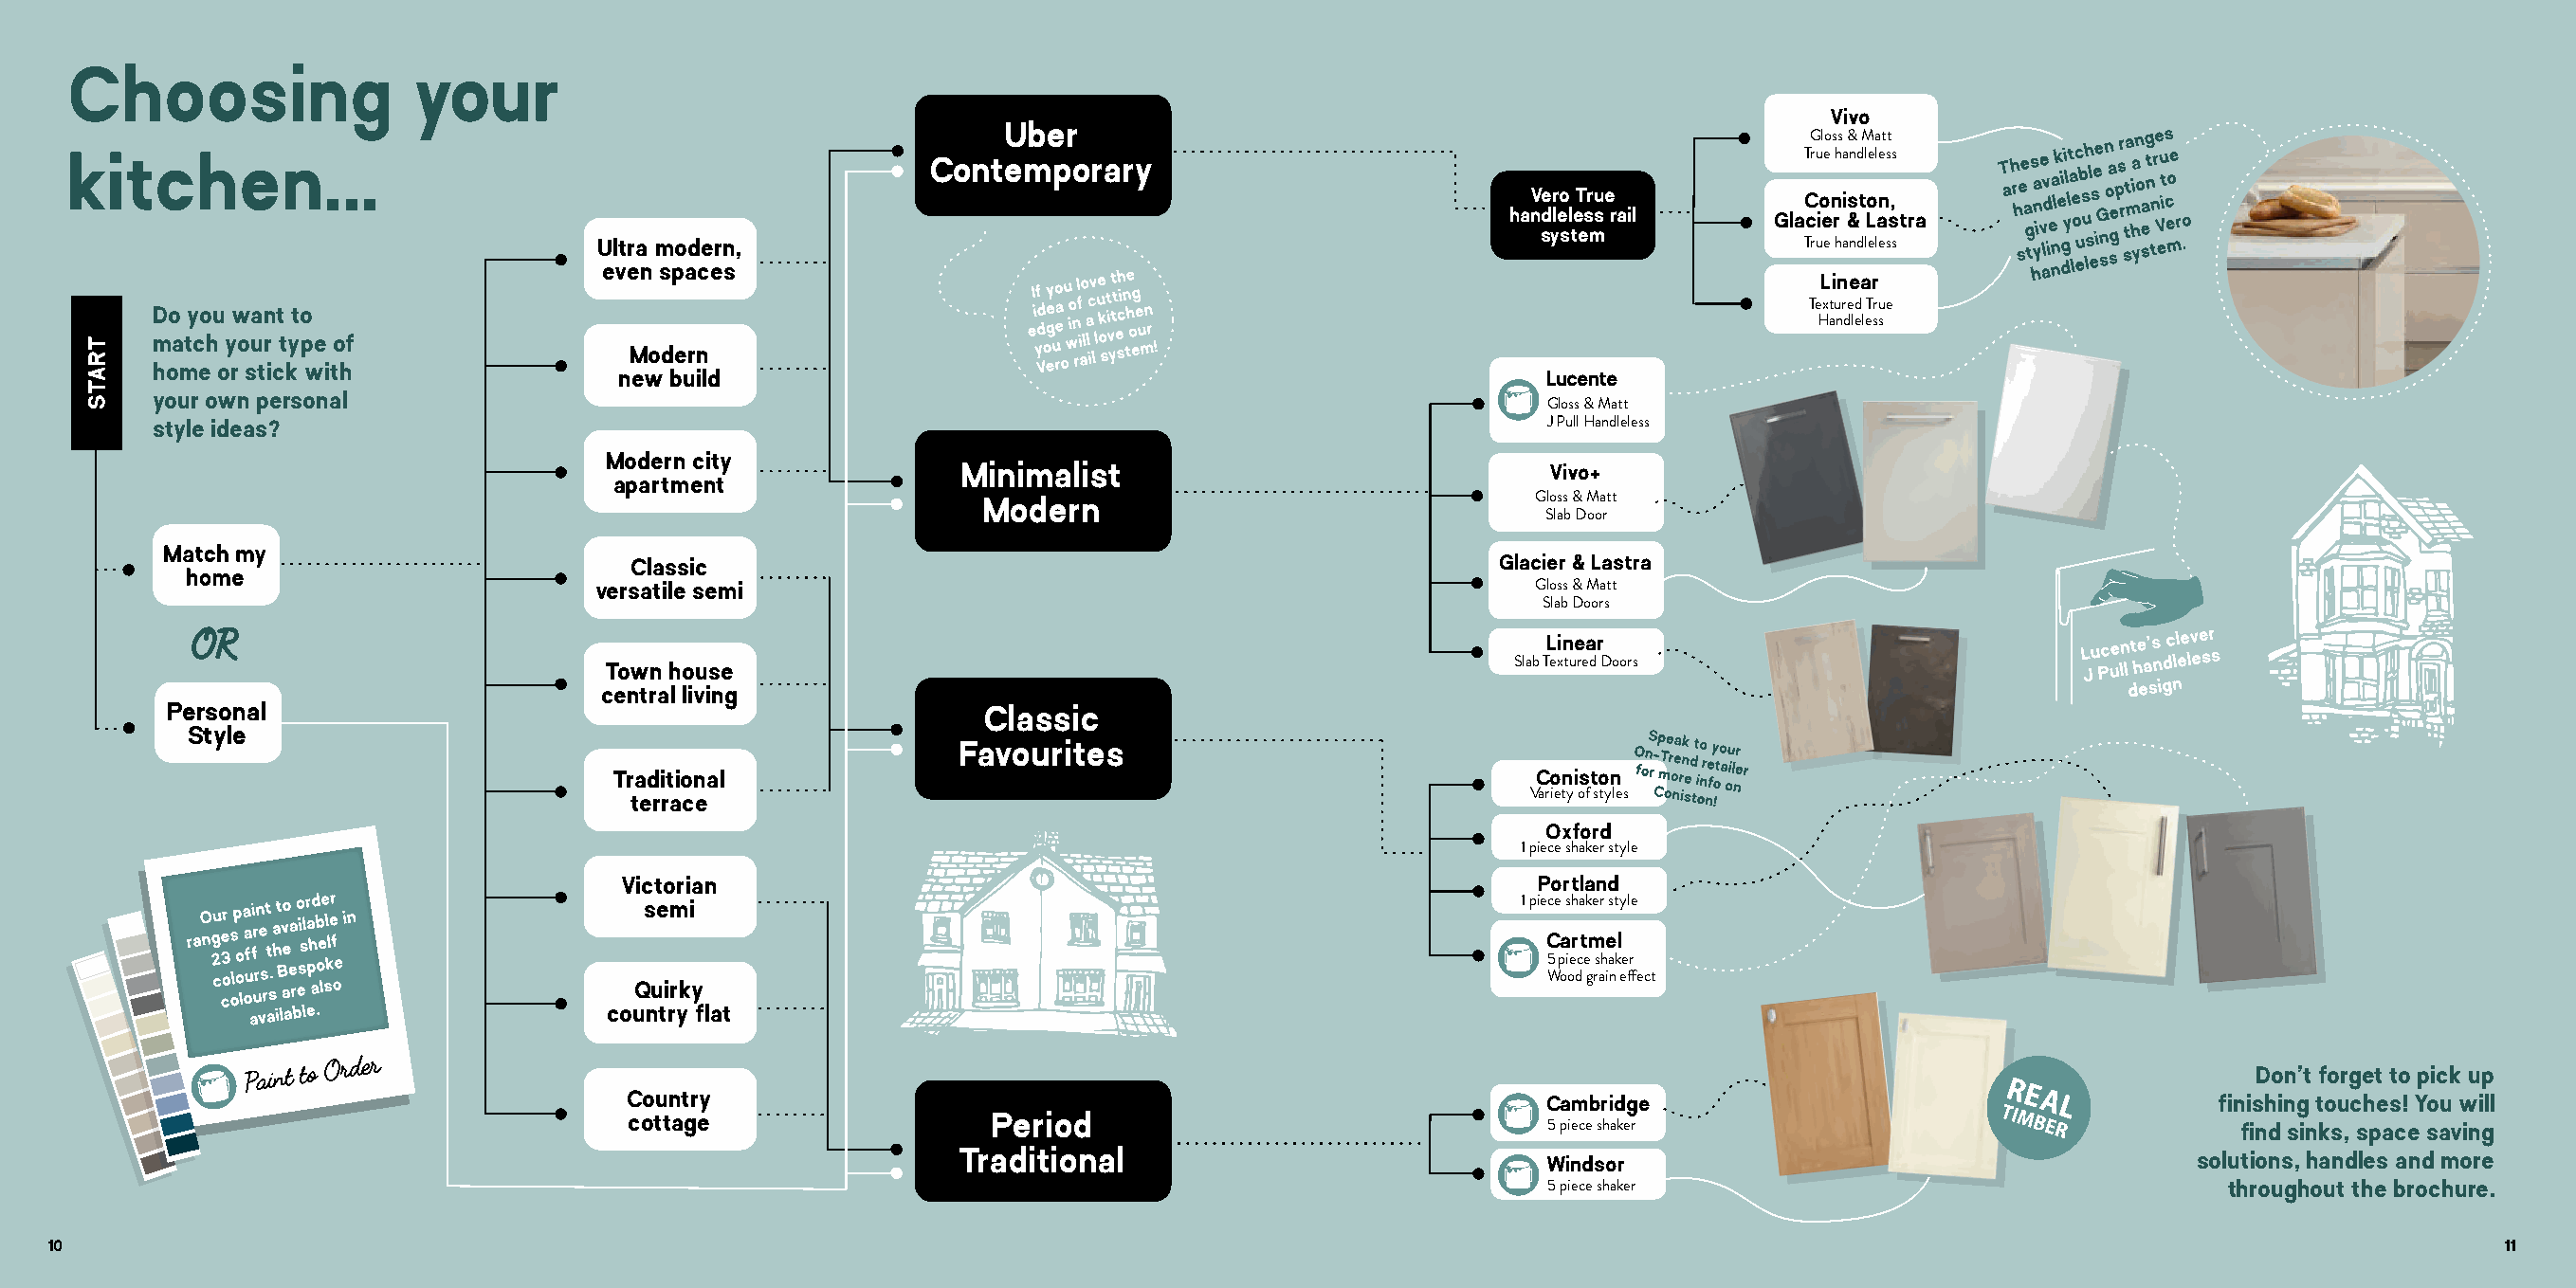
Choosing                your
 Vivo
 Uber
 Gloss & Matt
 kitchen...                                                  Contemporary                                                 True handleless
 Vero True          Coniston,
 handleless rail    Glacier & Lastra
 system
 Ultra modern,                                                                       True handleless
 even spaces
 Linear
 Textured True
 Do you want to
 Handleless
 match your type of
 Modern
 home or stick with
 new build                                                        Lucente
 your own personal
 Gloss & Matt
 style ideas?                                                                                     J Pull Handleless
 Modern city
 Minimalist                               Vivo+
 apartment
 Modern                                Gloss & Matt
 Slab Door
 Classic                                                      Glacier & Lastra
 versatile semi                                                   Gloss & Matt
 Slab Doors
 Linear
 Slab Textured Doors
 Town house
 central living
 Personal                                                 Classic
 Style
 Favourites
 Traditional                                                     Coniston
 terrace                                                        Variety of styles
 Oxford
 1 piece shaker style
 Victorian                                                       Portland
 semi                                                         1 piece shaker style
 Cartmel
 5 piece shaker
 Wood grain effect
 Quirky
 country flat
 Don't forget to pick up
 Country                                                         Cambridge                                      finishing touches! You will
 cottage                  Period
 5 piece shaker                                  find sinks, space saving
 Traditional                              Windsor                                      solutions, handles and more
 5 piece shaker                                  throughout the brochure.
 1100                                                                                                                                                                        1111